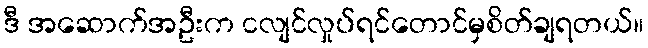
ဒီ အဆောက်အဦးက ငလျင်လှုပ်ရင်တောင်မှစိတ်ချရတယ်။